Annual report on the lock hospitals of the Madras Presidency
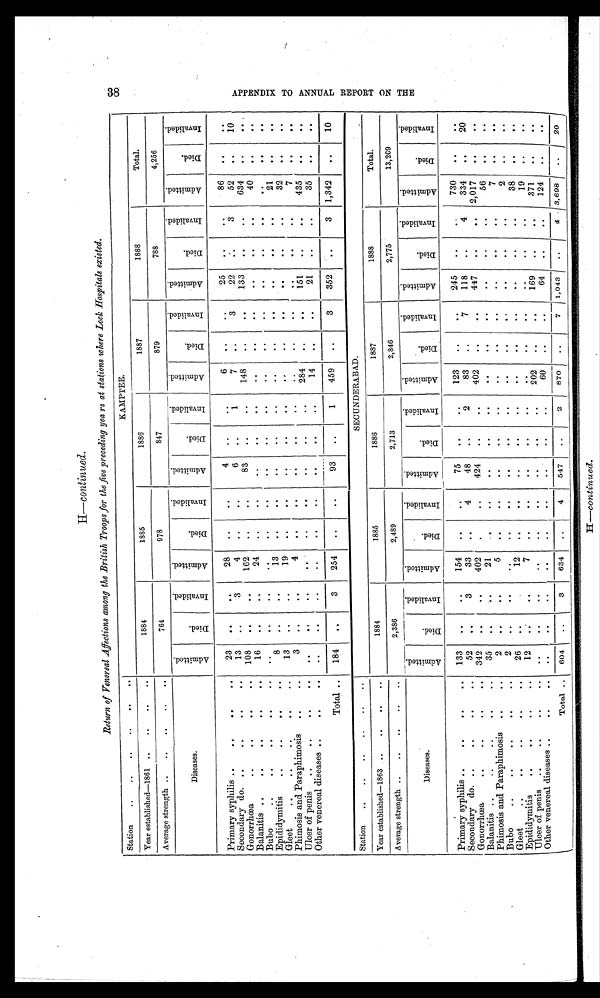
H—continued.
Return of Venereal Affections among the British Troops for the five preceding years at stations where Lock Hospitals existed.
Station. . . .
. . . . ..
. .
KAMPTEE.
Year established—1861 ..
..
. .
. .
1884
1885
1 8 8 6
1887
1888
Total.
Average strength ..
..
..
..
. .
764
978
847
879
788
4,256
Diseases.
A d m i t t e d .
D i e d .
I n v a l i d e d .
A d m i t t e d .
D i e d .
I n v a l i d e d .
A d m i t t e d .
D i e d .
I n v a l i d e d .
A d m i t t e d .
D i e d .
I n v a l i d e d .
A d m i t t e d .
D i e d .
I n v a l i d e d .
A d m i t t e d .
D i e d .
I n v a l i d e d .
Primary syphilis ..
.. ..
..
..
23
..
. .
2 8
. .
. .
4
..
. .
6 ..
..
25
. .
..
86
. .
. .
Secondary do. .... ...
..
..
1 3
. .
3
4
. .
. .
6
. .
1
7
. .
3
22
..
3
52
..
10
Gonorrhœa
. . . .
. .
..
108
. .
. .
162
..
..
83
. .
148
. .
. .
133
. .
. .
634
. .
. .
Balanitis ..
..
. .
..
..
16
..
..
24
..
..
..
. .
..
..
. .
. .
..
. .
. .
40
. .
. .
Bubo
... ... ... .
..
..
. .
. .
. .
5
. .
. .
. .
. .
. .
. .
. .
. .
. .
. .
. .
. .
. .
. .
Epididymitis
. . ..
..
..
8
.
. .
. 1 3 ..
. .
..
..
..
. .
. .
. .
. .
. .
. .
21
. .
. .
Gleet .....
.
..
1 3
. .
. . 19
. .
. .
. .
. .
. .
. .
. .
. .
. .
. .
. .
3 2
. .
. .
Phimosis and Paraphimosis
..
..
3 . .
. .
4
. .
. .
. .
. .
. .
. .
. .
. .
. .
. .
. .
7
. .
. .
Ulcer of penis
..
..
. .
. .
. . .
. .
. .
. .
. .
. .
. .
284
. .
. .
151
. .
. .
435
. .
. .
.
O t h e r v e n e r e a l d i s e a s e s . .
..
.
..
. .
. .
. .
. .
. .
. .
. .
. .
14
. .
. .
21
. .
. .
3 5
. .
. .
Total ..
1 8 4
. .
3
254
..
..
93
..
1
459
. .
3
352
. .
3 1,342
. .
10
Station
. . .. . . ..
..
..
SECUNDERABAD.
Year established—1863 ..
..
..
..
1884
1885
1886
1887
1888
Total.
Average strength ..
..
..
..
..
2,386
2,489
2,713
2,846
2,775
13,209
Diseases.
A d m i t t e d .
D i e d .
I n v a l i d e d .
A d m i t t e d .
D i e d .
I n v a l i d e d .
A d m i t t e d .
D i e d .
I n v a l i d e d .
A d m i t t e d .
D i e d .
I n v a l i d e d .
A d m i t t e d .
D i e d . I n v a l i d e d .
A d m i t t e d .
D i e d .
I n v a l i d e d .
Primary syphilis . . . .
..
..
133
. .
..
154
. .
. .
75
. .
. .
123
..
. .
245
..
. .
730
. .
. .
Secondary do. ..
. .
..
..
52
. .
3
33
. .
. .
48
..
2
83
..
7
118
..
4
334
. .
20
Gonorrhœa. ......
..
..
342
. .
. . . .
402
. .
. .
424
. .
. .
402
. .
. .
447
. .
. .
2,017
. .
. .
Balanitis ..
. . . .
..
..
35
.. ..
21
. .
. .
..
. .
. .
. .
. .
. .
. .
.
.
. .
56
. .
. .
Phimosis and Paraphimosis ..
. .
2
. .
. .
5
. . .
. . .
..
. .
. . .
...
. .
. . .
. .
.
.
. .
7
. .
. .
Bubo
..
..
. .
..
..
2
. .
. .
. .
...
. .
..
. .
. .
..
. .
. .
. .
. .
. .
2
. .
. .
Gleet
. .
..
..
2 6
. . ..
12
. .
. .
..
. .
. .
..
. .
. .
. .
. .
. .
38
. .
. .
Epididymitis
....
..
..
1 2
. .
. .
7
. .
. .
..
. .
...
..
. .
. . .
. .
.
.
. .
19
. .
. .
Ulcer of penis ..
..
..
..
. .
..
..
..
. .
..
..
. .
..
202
. .
..
169
.
.
. .
371
. .
. .
Other venereal diseases ..
..
..
. . .
..
..
. .
. .
. .
..
..
60
. .
. .
64
..
..
124
. .
. .
Total . .
604
..
3
634
..
4
547
..
2
870
..
7 1,043
. .
4 3, 698
. .
20
3 8 H —c o n t i n u e d .
A P P E N D I X T O A N N U A L R E P O R T O N T H E